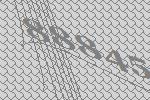
88845